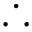
\therefore